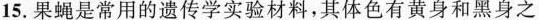
15.果蝇是常用的遗传学实验材料，其体色有黄身和黑身之